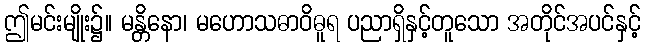
ဤမင်းမျိုး၌။ မန္တိနော၊ မဟောသဓာဝိဓူရ ပညာရှိနှင့်တူသော အတိုင်အပင်နှင့်